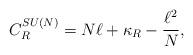
LaTeX: \begin{align*}C_R^{SU(N)} = N \ell + \kappa_R -{\ell^2 \over N},\end{align*}